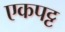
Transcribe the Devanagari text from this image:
एकपट्ट